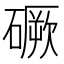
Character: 𥕲